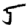
Digit: 5